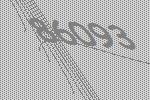
86093